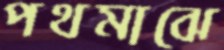
পথমাঝে